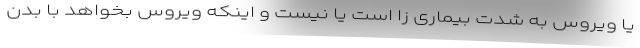
یا ویروس به شدت بیماری‌ زا است یا نیست و اینکه ویروس بخواهد با بدن